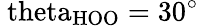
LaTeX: \mathrm{\ theta_{HOO}=30^{\circ}}